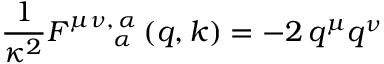
{ \frac { 1 } { \kappa ^ { 2 } } } F _ { \; \quad \; \; \alpha } ^ { \mu \nu , \, \alpha } \left( q , k \right) = - 2 \, q ^ { \mu } q ^ { \nu }